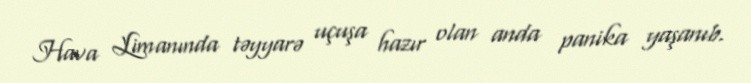
Hava Limanında təyyarə uçuşa hazır olan anda panika yaşanıb.